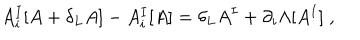
A _ { i } ^ { I } [ A + \delta _ { L } A ] - A _ { i } ^ { I } [ A ] = \delta _ { L } A ^ { I } + \partial _ { i } \Lambda [ A ^ { I } ] \; ,